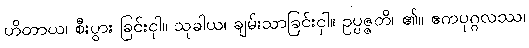
ဟိတာယ၊ စီးပွား ခြင်းငှါ။ သုခါယ၊ ချမ်းသာခြင်းငှါ။ ဥပ္ပဇ္ဇတိ၊ ၏။ ဧကပုဂ္ဂလဿ၊